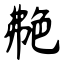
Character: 艴